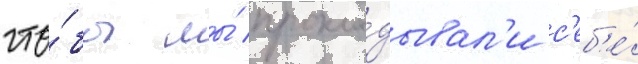
что́бы мы́ прокла́дывал'и с'еб'е́